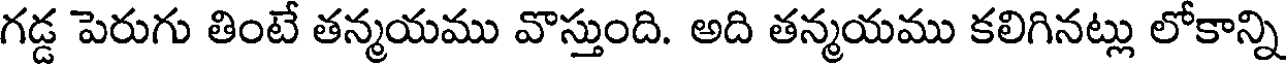
గడ్డ పెరుగు తింటే తన్మయము వొస్తుంది. అది తన్మయము కలిగినట్లు లోకాన్ని